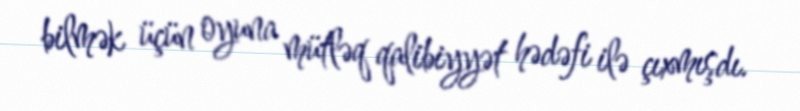
bilmək üçün oyuna mütləq qalibiyyət hədəfi ilə çıxmışdı.